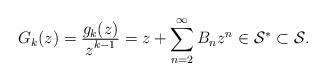
LaTeX: \begin{align*}G_k(z)=\tfrac{\displaystyle g_k(z)}{\displaystyle z^{k-1}}=z+\sum^\infty_{n=2}B_nz^n \in \mathcal{S^{*}} \subset \mathcal{S}.\end{align*}